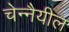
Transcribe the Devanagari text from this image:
चेन्नैयील